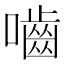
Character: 嚙